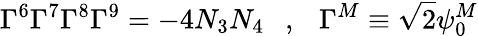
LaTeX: \Gamma^{6}\Gamma^{7}\Gamma^{8}\Gamma^{9}=-4N_{3}N_{4}~~~,~~~\Gamma^{M}\equiv\sqrt{2}\psi_{0}^{M}